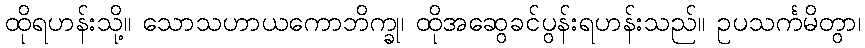
ထိုရဟန်းသို့။ သောသဟာယကောဘိက္ခု၊ ထိုအဆွေခင်ပွန်းရဟန်းသည်။ ဥပသင်္ကမိတွာ၊